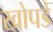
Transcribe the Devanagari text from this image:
खोपडे